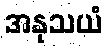
အနုသယံ